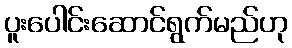
ပူးပေါင်းဆောင်ရွက်မည်ဟု